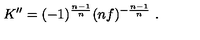
K ^ { \prime \prime } = ( - 1 ) ^ { \frac { n - 1 } { n } } ( n f ) ^ { - \frac { n - 1 } { n } } \ .